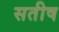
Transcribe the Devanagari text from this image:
सतीष